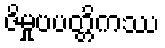
ဇိမှုပပတ္တိကဿ